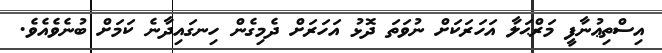
އިސްތިޢުނާފީ މަރްޙަލާ އަހަރަކަށް ނުވަތަ ދޮޅު އަހަރަށް ދެމިގެން ހިނގައިދާނެ ކަމަށް ބުނެވެއެވެ.